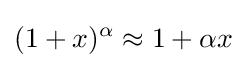
(1+x)^{\alpha }\approx 1+\alpha x